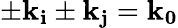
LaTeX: \pm\mathbf{k_{i}}\pm\mathbf{k_{j}}=\mathbf{k_{0}}